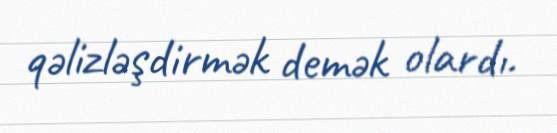
qəlizləşdirmək demək olardı.